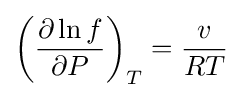
\left({\frac {\partial \ln f}{\partial P}}\right)_{T}={\frac {v}{RT}}